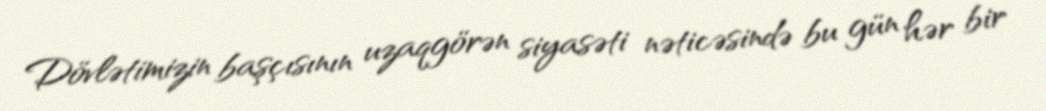
Dövlətimizin başçısının uzaqgörən siyasəti nəticəsində bu gün hər bir